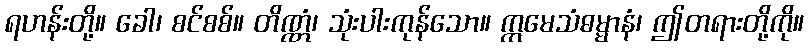
ရဟန်းတို့။ ခေါ၊ စင်စစ်။ တိဏ္ဏံ၊ သုံးပါးကုန်သော။ ဣမေသံဓမ္မာနံ၊ ဤတရားတို့ကို။